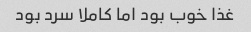
غذا خوب بود اما کاملا سرد بود